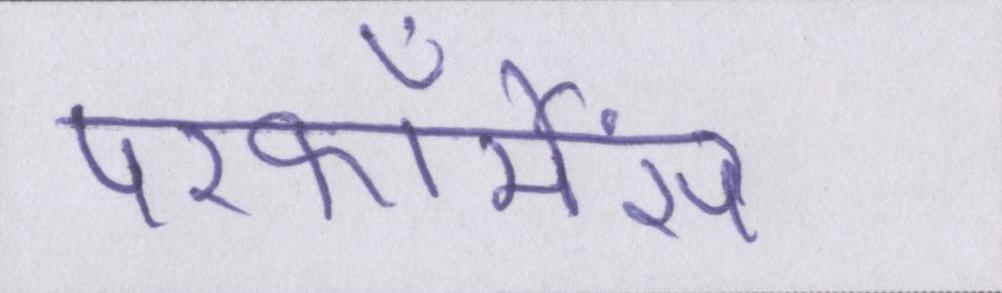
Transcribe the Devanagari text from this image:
परफॉर्मेंस